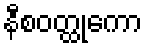
နီစဝတ္ထုကော